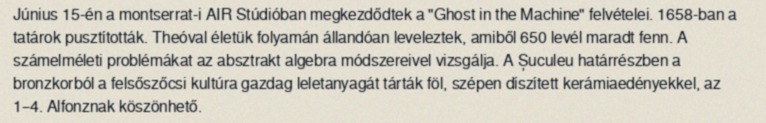
Június 15-én a montserrat-i AIR Stúdióban megkezdődtek a "Ghost in the Machine" felvételei. 1658-ban a tatárok pusztították. Theóval életük folyamán állandóan leveleztek, amiből 650 levél maradt fenn. A számelméleti problémákat az absztrakt algebra módszereivel vizsgálja. A Șuculeu határrészben a bronzkorból a felsőszőcsi kultúra gazdag leletanyagát tárták föl, szépen díszített kerámiaedényekkel, az 1–4. Alfonznak köszönhető.